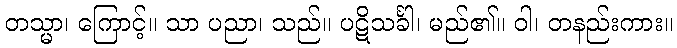
တသ္မာ၊ ကြောင့်။ သာ ပညာ၊ သည်။ ပဋိသင်္ခါ၊ မည်၏။ ဝါ၊ တနည်းကား။